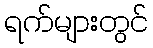
ရက်များတွင်